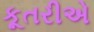
કૂતરીએ